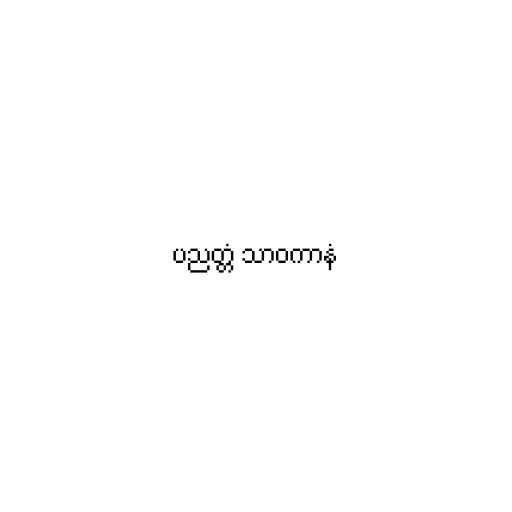
ပညတ္တံ သာဝကာနံ